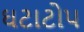
ઘટાટોપ